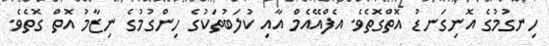
ހިނގުމުގެ އޮނިގަނޑު އޮތްގޮތެވެ. އެފްއޭއެމް އާއި ކުލަބުތަކުގެ ހިންގުމުގެ ނިޒާމު އޮތް ގޮތެވެ.